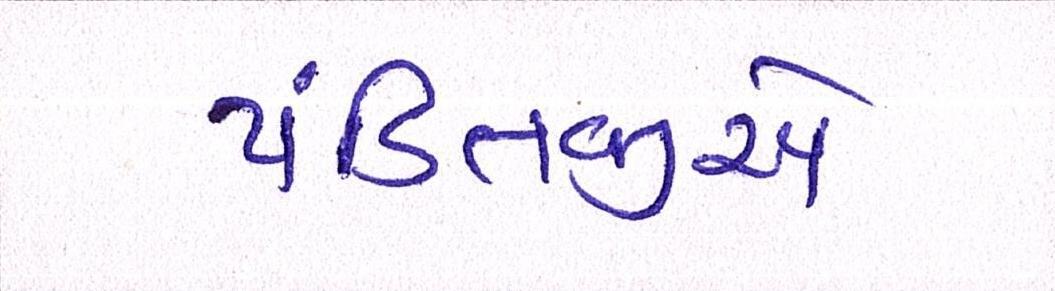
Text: પંડિતજીએ